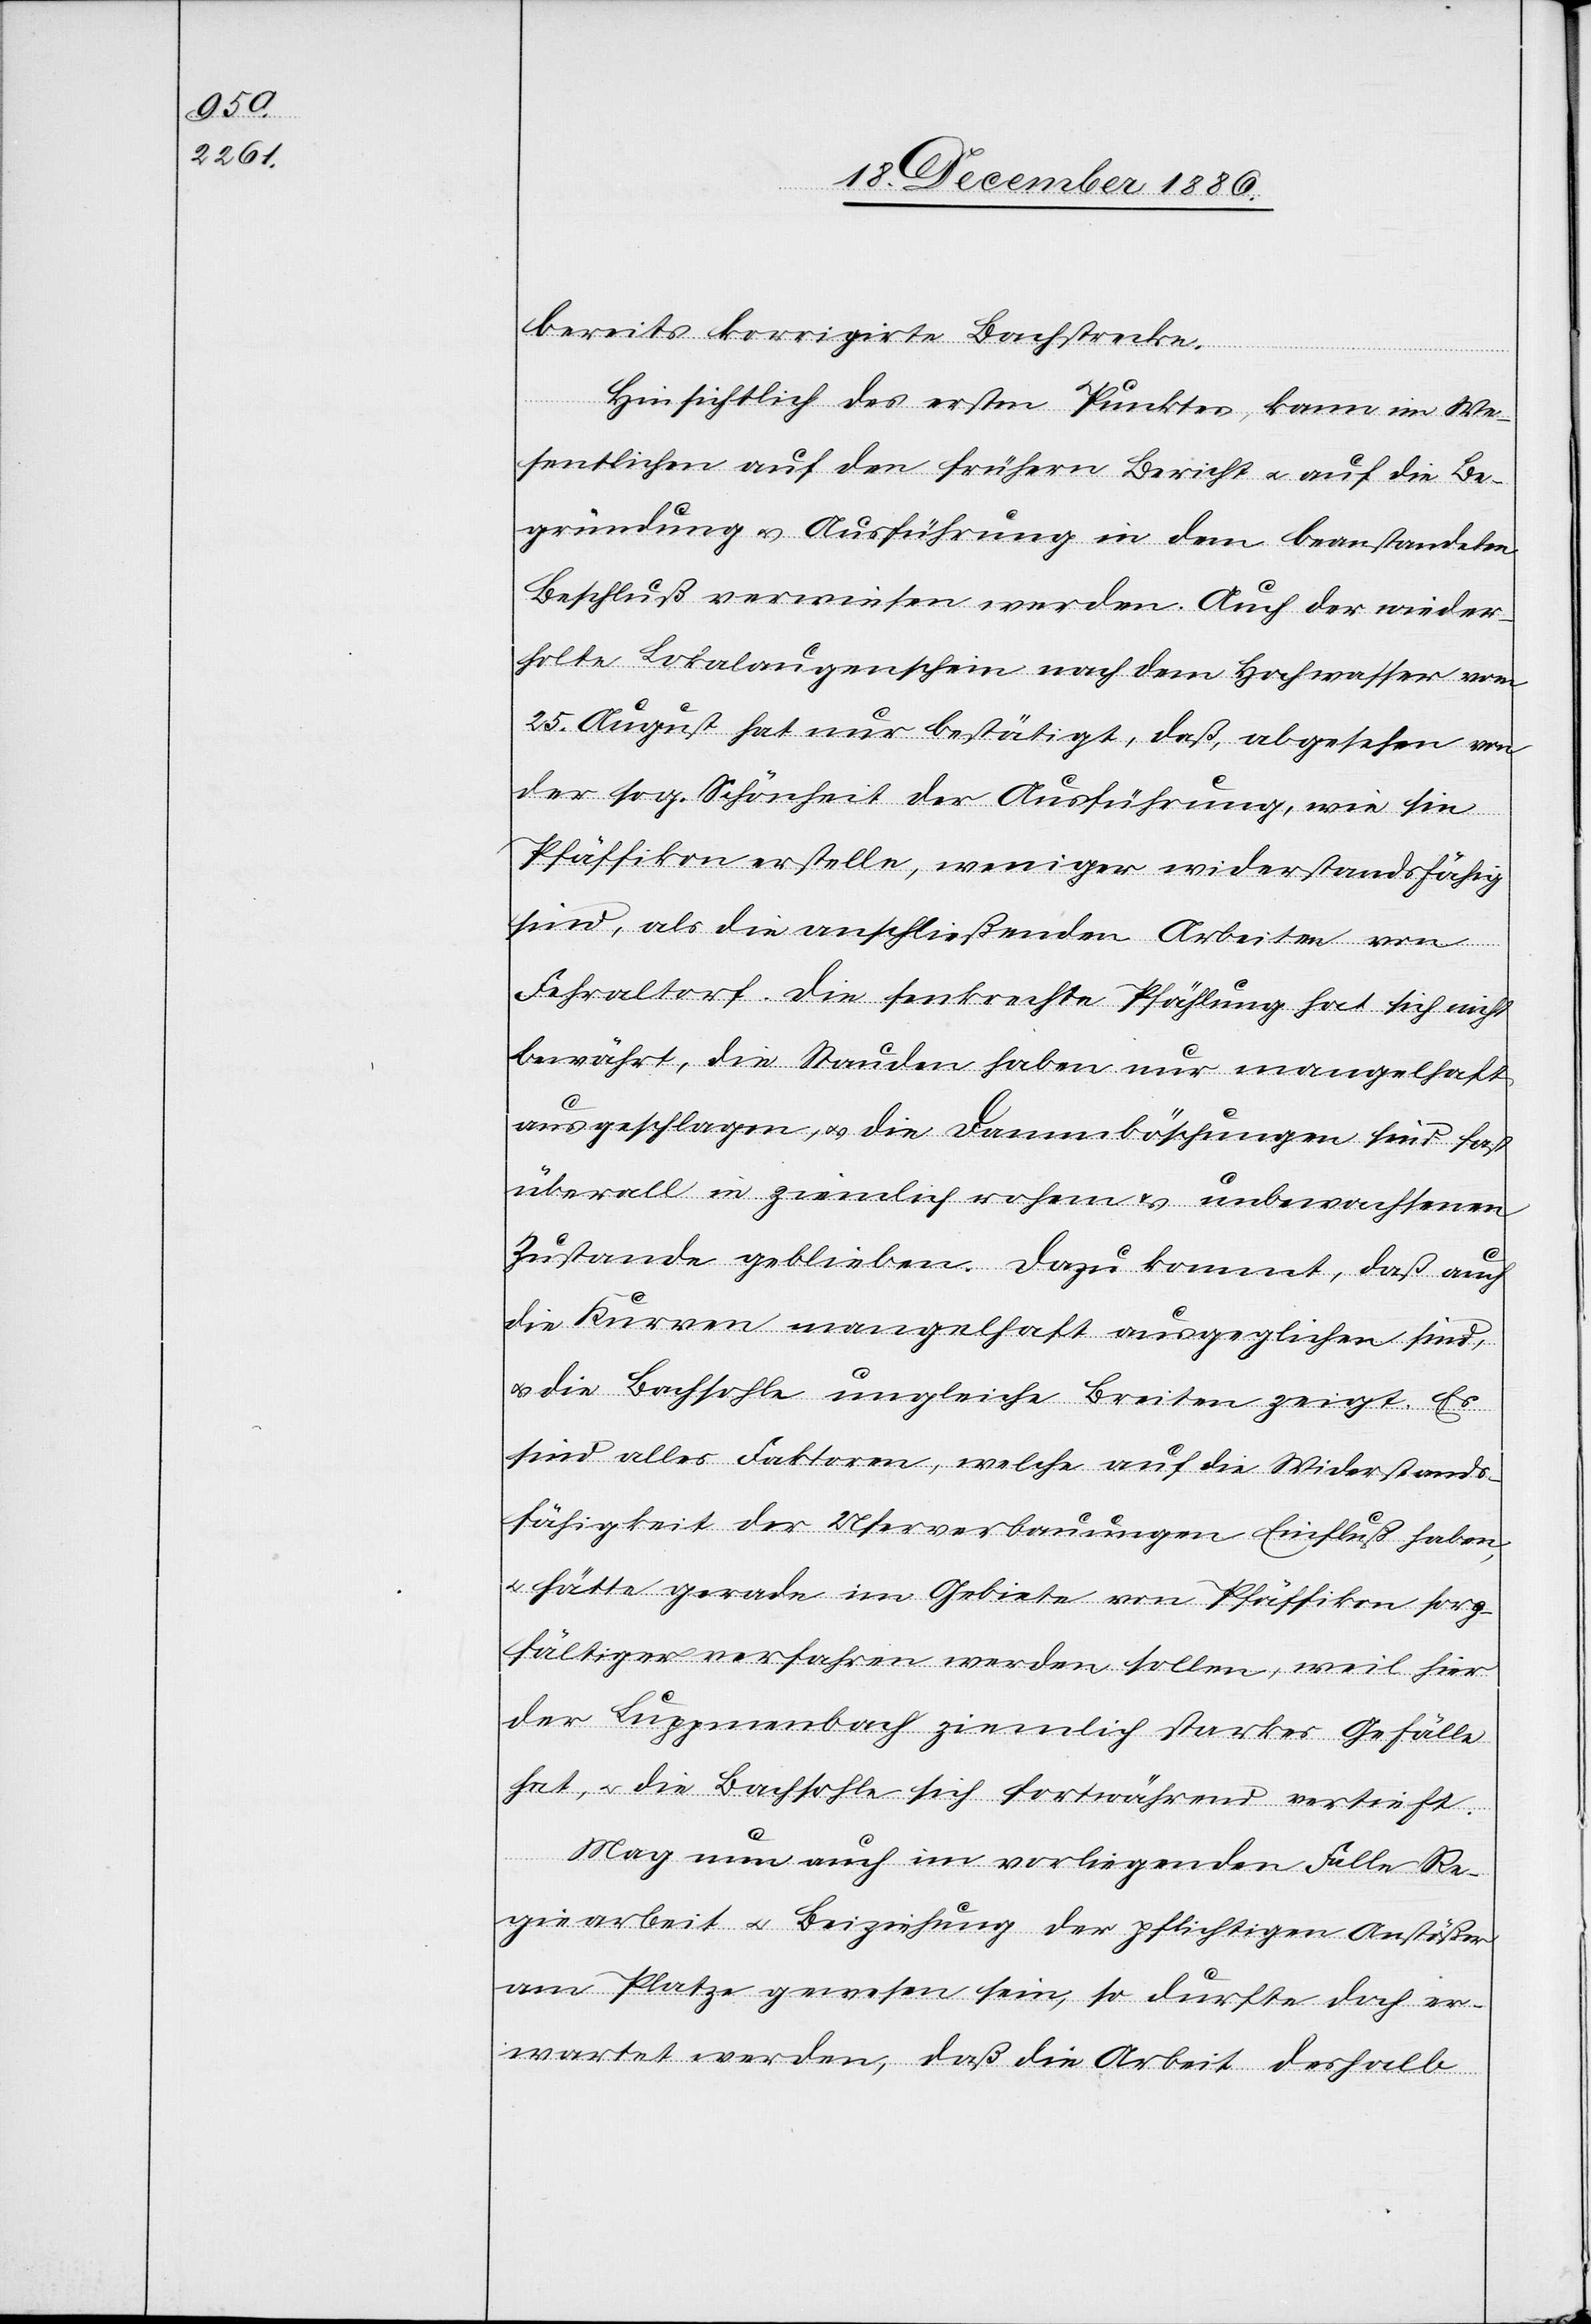
bereits korrigirte Bachstrecke.
Hinsichtlich des ersten Punktes, kann im We¬
sentlichen auf den frühern Bericht & auf die Be¬
gründung & Ausführung in dem beanstandeten
Beschluß verwiesen werden. Auch der wieder¬
holte Lokalaugenschein nach dem Hochwasser vom
25. August hat nur bestätigt, daß, abgesehen von
der sog. Schönheit der Ausführung, wie sie
Pfäffikon erstelle, weniger widerstandsfähig
[sic!], als die anschließenden Arbeiten von
Fehraltorf. Die senkrechte Pfählung hat sich nicht
bewährt, die Stauden haben nur mangelhaft
ausgeschlagen, & die Dammböschungen sind fast
überall in ziemlich rohem & unbewachsenen
Zustande geblieben. Dazu kommt, daß auch
die Kurven mangelhaft ausgeglichen sind,
& die Bachsohle ungleiche Breiten zeigt. Es
sind alles Faktoren, welche auf die Widerstands¬
fähigkeit der Uferverbauungen Einfluß haben,
& hätte gerade im Gebiete von Pfäffikon sorg¬
fältiger verfahren werden sollen, weil hier
der Luppmenbach ziemlich starkes Gefälle
hat, & die Bachsohle sich fortwährend vertieft.
Mag nun auch im vorliegenden Falle Re¬
giearbeit & Beiziehung der pflichtigen Anstößer
am Platze gewesen sein, so durfte doch er¬
wartet werden, daß die Arbeit deshalb